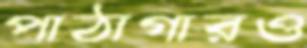
পাঠাগারও